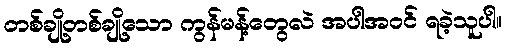
တစ်ချို့တစ်ချို့သော ကွန်မန့်တွေလဲ အပါအဝင် ရခဲ့သူပါ။